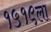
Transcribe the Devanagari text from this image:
१५१९ला